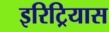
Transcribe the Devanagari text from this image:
इरिट्रियास